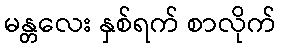
မန္တလေး နှစ်ရက် စာလိုက်